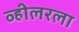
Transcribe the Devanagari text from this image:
व्हीलरला